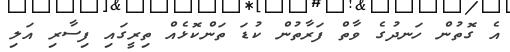
އެ ގޮތުން ހަނދުގެ ވާތް ފަރާތުން ކުޑަ ތަންކޮޅެއް ތިރީގައި ފިސާރި އަލި